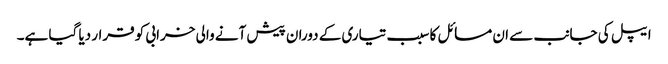
ایپل کی جانب سے ان مسائل کا سبب تیاری کے دوران پیش آنے والی خرابی کو قرار دیا گیا ہے۔